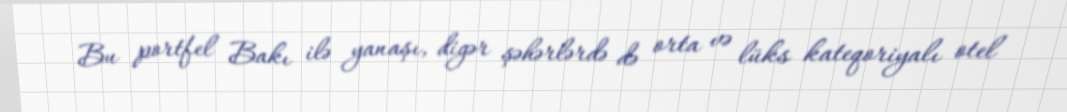
Bu portfel Bakı ilə yanaşı, digər şəhərlərdə də orta və lüks kateqoriyalı otel